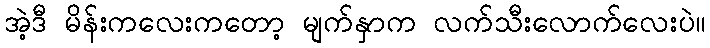
အဲ့ဒီ မိန်းကလေးကတော့ မျက်နှာက လက်သီးလောက်လေးပဲ။